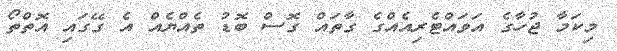
މިކަމާ ޖުހާގެ އަވައްޓެރިއެއްގެ ގާތައް ގޮސް ބޮޑު ތެއްޔެއް އެ ގޭގައި އޮތްތޯ